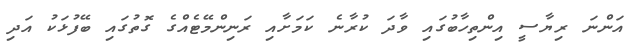
އަންނަ ރިޔާސީ އިންތިހާބުގައި ވާދަ ކުރާނެ ކަމަށާއި ރަނިންމޭޓެއްގެ ގޮތުގައި ބޭފުޅަކު އަދި